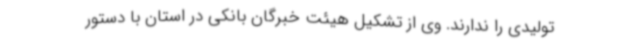
تولیدی را ندارند. وی از تشکیل هیئت خبرگان بانکی در استان با دستور